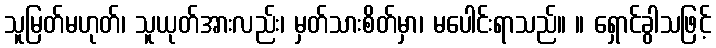
သူမြတ်မဟုတ်၊ သူယုတ်အားလည်း၊ မှတ်သားစိတ်မှာ၊ မပေါင်းရာသည်။ ။ ရှောင်ခွါသဖြင့်